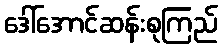
ဒေါ်အောင်ဆန်းစုကြည်